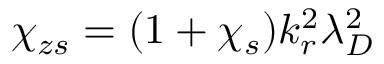
\chi _ { z s } = ( 1 + \chi _ { s } ) k _ { r } ^ { 2 } \lambda _ { D } ^ { 2 }